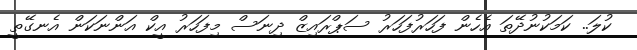
ކުލަ.. ކަމަކުނުދޭތަ އެހެން ފަހަރުފަހަރު ސަޕްރައިޒް ދިނަސް މިފަހަރު އީކް އަންނަކަން އެނގޭތީ